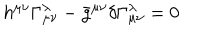
h ^ { \mu \nu } \Gamma _ { \mu \nu } ^ { \lambda } - \bar { g } ^ { \mu \nu } \delta \Gamma _ { \mu \nu } ^ { \lambda } = 0